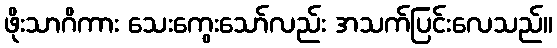
ဖိုးသာဂိကား သေးကွေးသော်လည်း အသက်ပြင်းလေသည်။